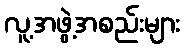
လူ့အဖွဲ့အစည်းများ